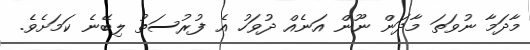
މާދަމާ ނުވަތަ މާދަން ނޫން އަނެއް ދުވަހު އެ ފުރުސަތު ލިބޭނެ ކަމަށެވެ.